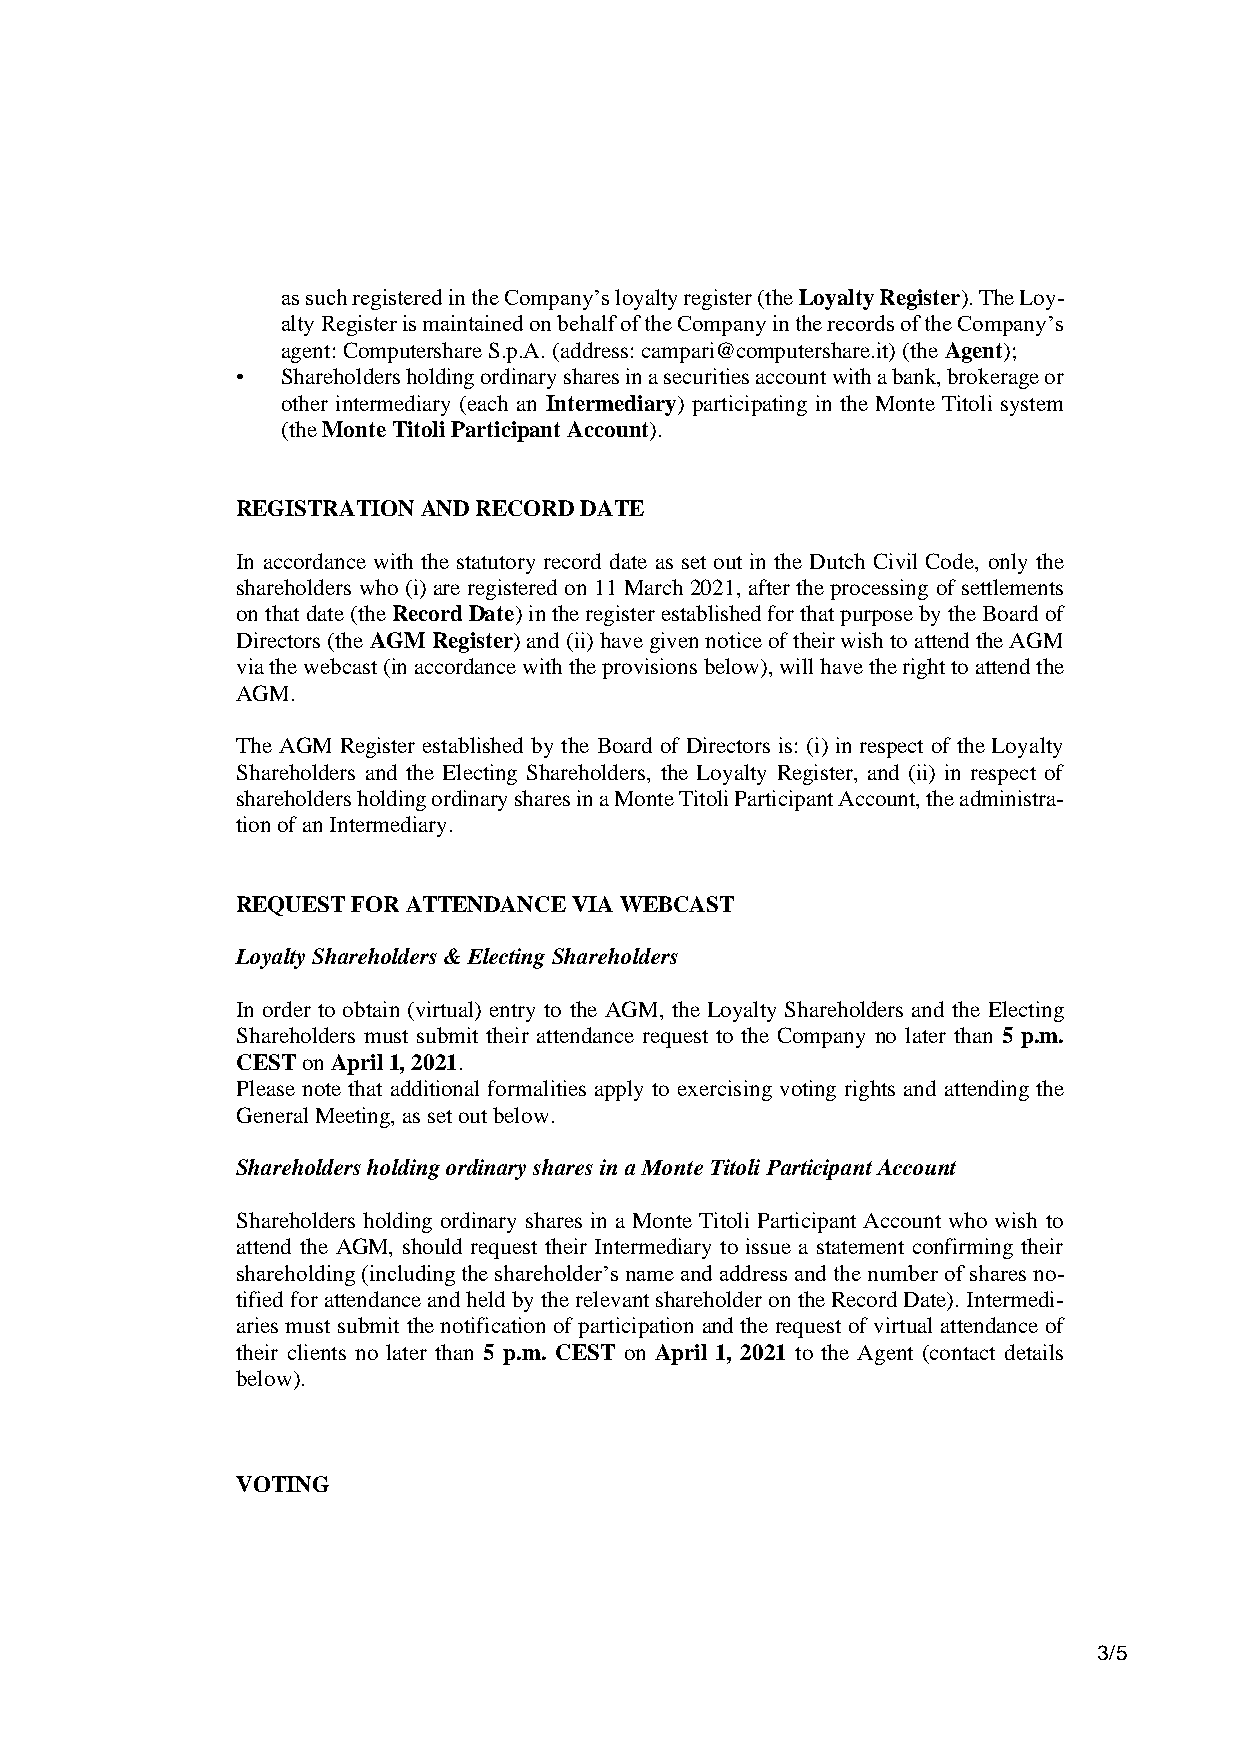
as such registered in the Company’s loyalty register (the Loyalty Register). The Loy-
 alty Register is maintained on behalf of the Company in the records of the Company’s
 agent: Computershare S.p.A. (address: campari@computershare.it) (the Agent);
 •  Shareholders holding ordinary shares in a securities account with a bank, brokerage or
 other intermediary (each an Intermediary) participating in the Monte Titoli system
 (the Monte Titoli Participant Account).
 REGISTRATION AND RECORD DATE
 In accordance with the statutory record date as set out in the Dutch Civil Code, only the
 shareholders who (i) are registered on 11 March 2021, after the processing of settlements
 on that date (the Record Date) in the register established for that purpose by the Board of
 Directors (the AGM Register) and (ii) have given notice of their wish to attend the AGM
 via the webcast (in accordance with the provisions below), will have the right to attend the
 AGM.
 The AGM Register established by the Board of Directors is: (i) in respect of the Loyalty
 Shareholders and the Electing Shareholders, the Loyalty Register, and (ii) in respect of
 shareholders holding ordinary shares in a Monte Titoli Participant Account, the administra-
 tion of an Intermediary.
 REQUEST FOR ATTENDANCE VIA WEBCAST
 Loyalty Shareholders & Electing Shareholders
 In order to obtain (virtual) entry to the AGM, the Loyalty Shareholders and the Electing
 Shareholders must submit their attendance request to the Company no later than 5 p.m.
 CEST on April 1, 2021.
 Please note that additional formalities apply to exercising voting rights and attending the
 General Meeting, as set out below.
 Shareholders holding ordinary shares in a Monte Titoli Participant Account
 Shareholders holding ordinary shares in a Monte Titoli Participant Account who wish to
 attend the AGM, should request their Intermediary to issue a statement confirming their
 shareholding (including the shareholder’s name and address and the number of shares no-
 tified for attendance and held by the relevant shareholder on the Record Date). Intermedi-
 aries must submit the notification of participation and the request of virtual attendance of
 their clients no later than 5 p.m. CEST on April 1, 2021 to the Agent (contact details
 below).
 VOTING
 3/5